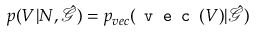
p ( V | N , \hat { \mathcal { G } } ) = p _ { v e c } ( \texttt { v e c } ( V ) | \hat { \mathcal { G } } )